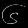
Digit: ၆